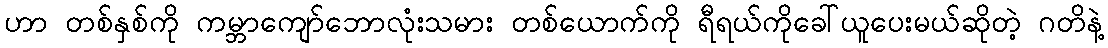
ဟာ တစ်နှစ်ကို ကမ္ဘာကျော်ဘောလုံးသမား တစ်ယောက်ကို ရီရယ်ကိုခေါ်ယူပေးမယ်ဆိုတဲ့ ဂတိနဲ့